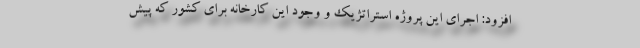
افزود: اجرای این پروژه استراتژیک و وجود این کارخانه برای کشور که پیش